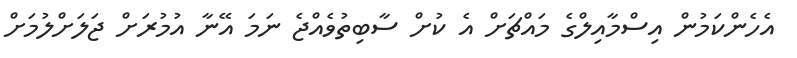
އެހެންކަމުން އިސްމާއިލްގެ މައްޗަށް އެ ކުށް ސާބިތުވެއްޖެ ނަމަ އޭނާ އުމުރަށް ޖަލަށްލުމަށް